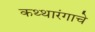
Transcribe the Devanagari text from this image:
कथ्थारंगाचे